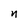
Character: n